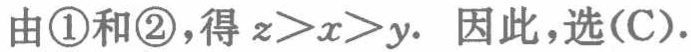
由\textcircled{1}和\textcircled{2}，得 \(z > x > y\). 因此，选(C).